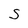
Character: S